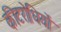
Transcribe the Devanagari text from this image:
कीटरोधियों